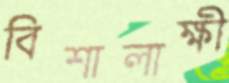
বিশালাক্ষী